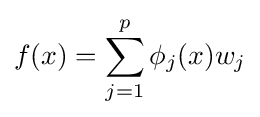
f(x)=\sum _{j=1}^{p}\phi _{j}(x)w_{j}